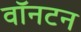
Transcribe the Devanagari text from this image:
वॉनटन